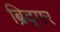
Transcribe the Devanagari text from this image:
ब्रिद्गर